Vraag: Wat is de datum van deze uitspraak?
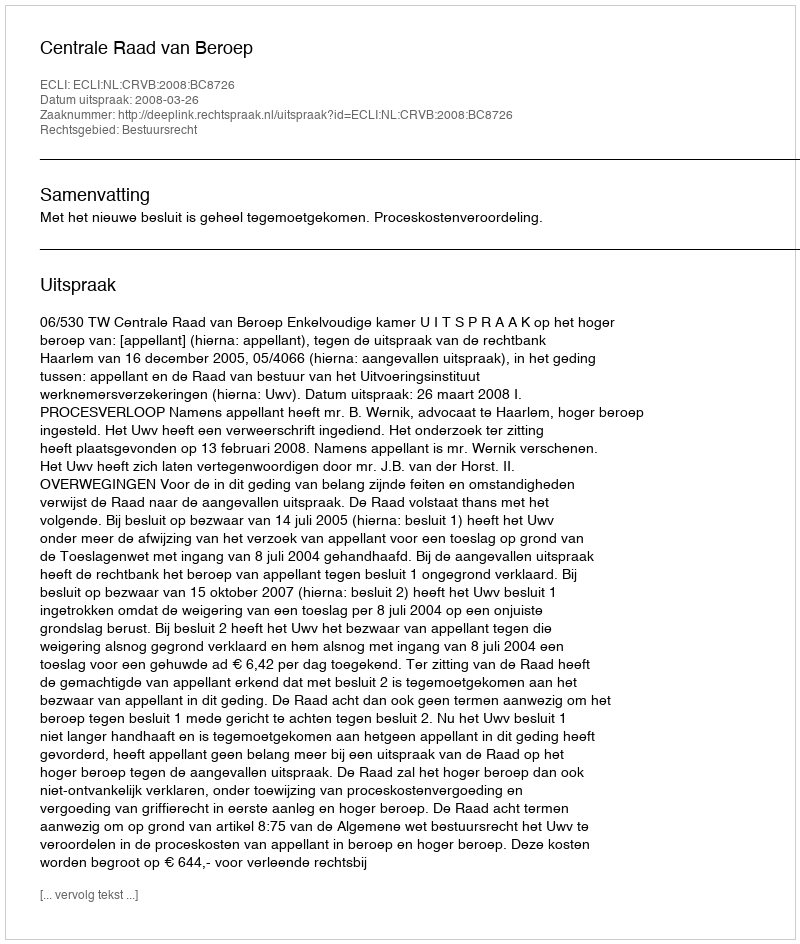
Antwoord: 2008-03-26